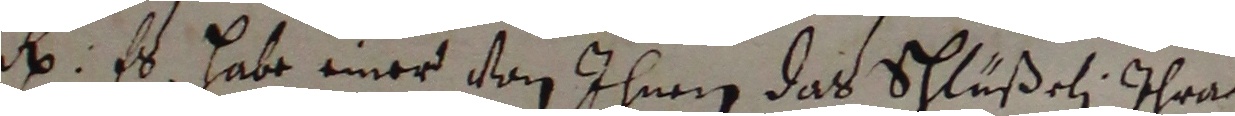
e: Es habe einer von ihnen das schlüßeli ihre